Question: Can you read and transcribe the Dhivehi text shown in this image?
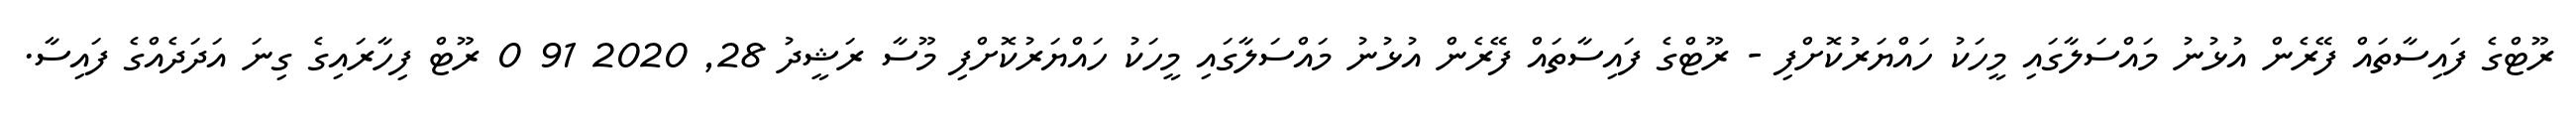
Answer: ރޫޓްގެ ފައިސާތައް ފޭރެން އުޅުނު މައްސަލާގައި މީހަކު ހައްޔަރުކޮށްފި - ރޫޓްގެ ފައިސާތައް ފޭރެން އުޅުނު މައްސަލާގައި މީހަކު ހައްޔަރުކޮށްފި މޫސާ ރަޝީދު 28, 2020 91 0 ރޫޓް ފިހާރައިގެ ގިނަ އަދަދެއްގެ ފައިސާ.